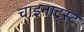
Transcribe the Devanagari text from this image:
चाइनाट्र्स्ट